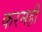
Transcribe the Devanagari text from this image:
करमहीं